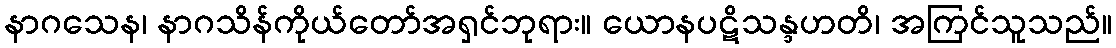
နာဂသေန၊ နာဂသိန်ကိုယ်တော်အရှင်ဘုရား။ ယောနပဋိသန္ဒဟတိ၊ အကြင်သူသည်။